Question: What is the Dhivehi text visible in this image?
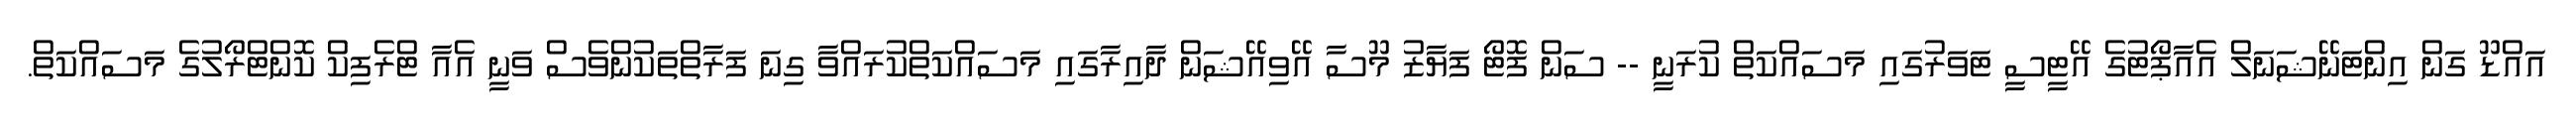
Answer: އައްޑޫ ގަން އިންޓަނޭޝަނަލް އެއާޕޯޓުގެ އޭޓީސީ ޓަވަރުގައި މަސައްކަތް ކުރަނީ -- ސަން ފޮޓޯ ފަޔާޒު މޫސާ އޭވިއޭޝަން ދާއިރާގައި މަސައްކަތްކުރައްވާ ގިނަ ފަރާތްތަކުންވެސް ވަނީ އެއާ ޓްރެފިކް ކޮންޓްރޯލުގެ މަސައްކަތް.